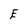
Character: E